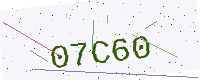
Text: 07C60